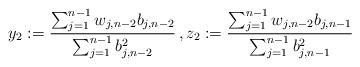
LaTeX: \begin{align*}y_2:=\frac{\sum_{j=1}^{n-1} w_{j,n-2}b_{j,n-2}}{\sum_{j=1}^{n-1} b_{j,n-2}^2}\,, z_2:=\frac{\sum_{j=1}^{n-1} w_{j,n-2}b_{j,n-1}}{\sum_{j=1}^{n-1} b_{j,n-1}^2}\end{align*}